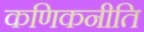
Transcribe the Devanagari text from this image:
कणिकनीति